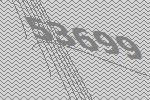
53699